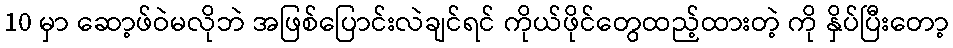
10 မှာ ဆော့ဖ်ဝဲမလိုဘဲ အဖြစ်ပြောင်းလဲချင်ရင် ကိုယ်ဖိုင်တွေထည့်ထားတဲ့ ကို နှိပ်ပြီးတော့